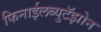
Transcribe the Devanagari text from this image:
फिनाईलब्युटॅझोन